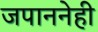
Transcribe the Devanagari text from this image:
जपाननेही